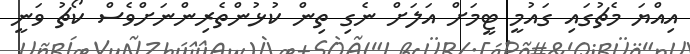
އިއްޔަ މެޗުގައި ގައުމީ ޓީމަށް އަލަށް ނެގި ތިން ކުޅުންތެރިންނަށްވެސް ކޯޗު ވަނީ